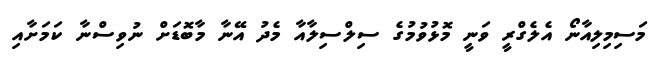
މަސިމިލިއާނޯ އެލެގްރީ ވަނީ މޮޅުވުމުގެ ސިލްސިލާއާ މެދު އޭނާ މާބޮޑަށް ނުވިސްނާ ކަމަށާއި